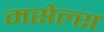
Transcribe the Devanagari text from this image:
मसेल्स